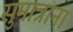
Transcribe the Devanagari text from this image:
सुमात्राना